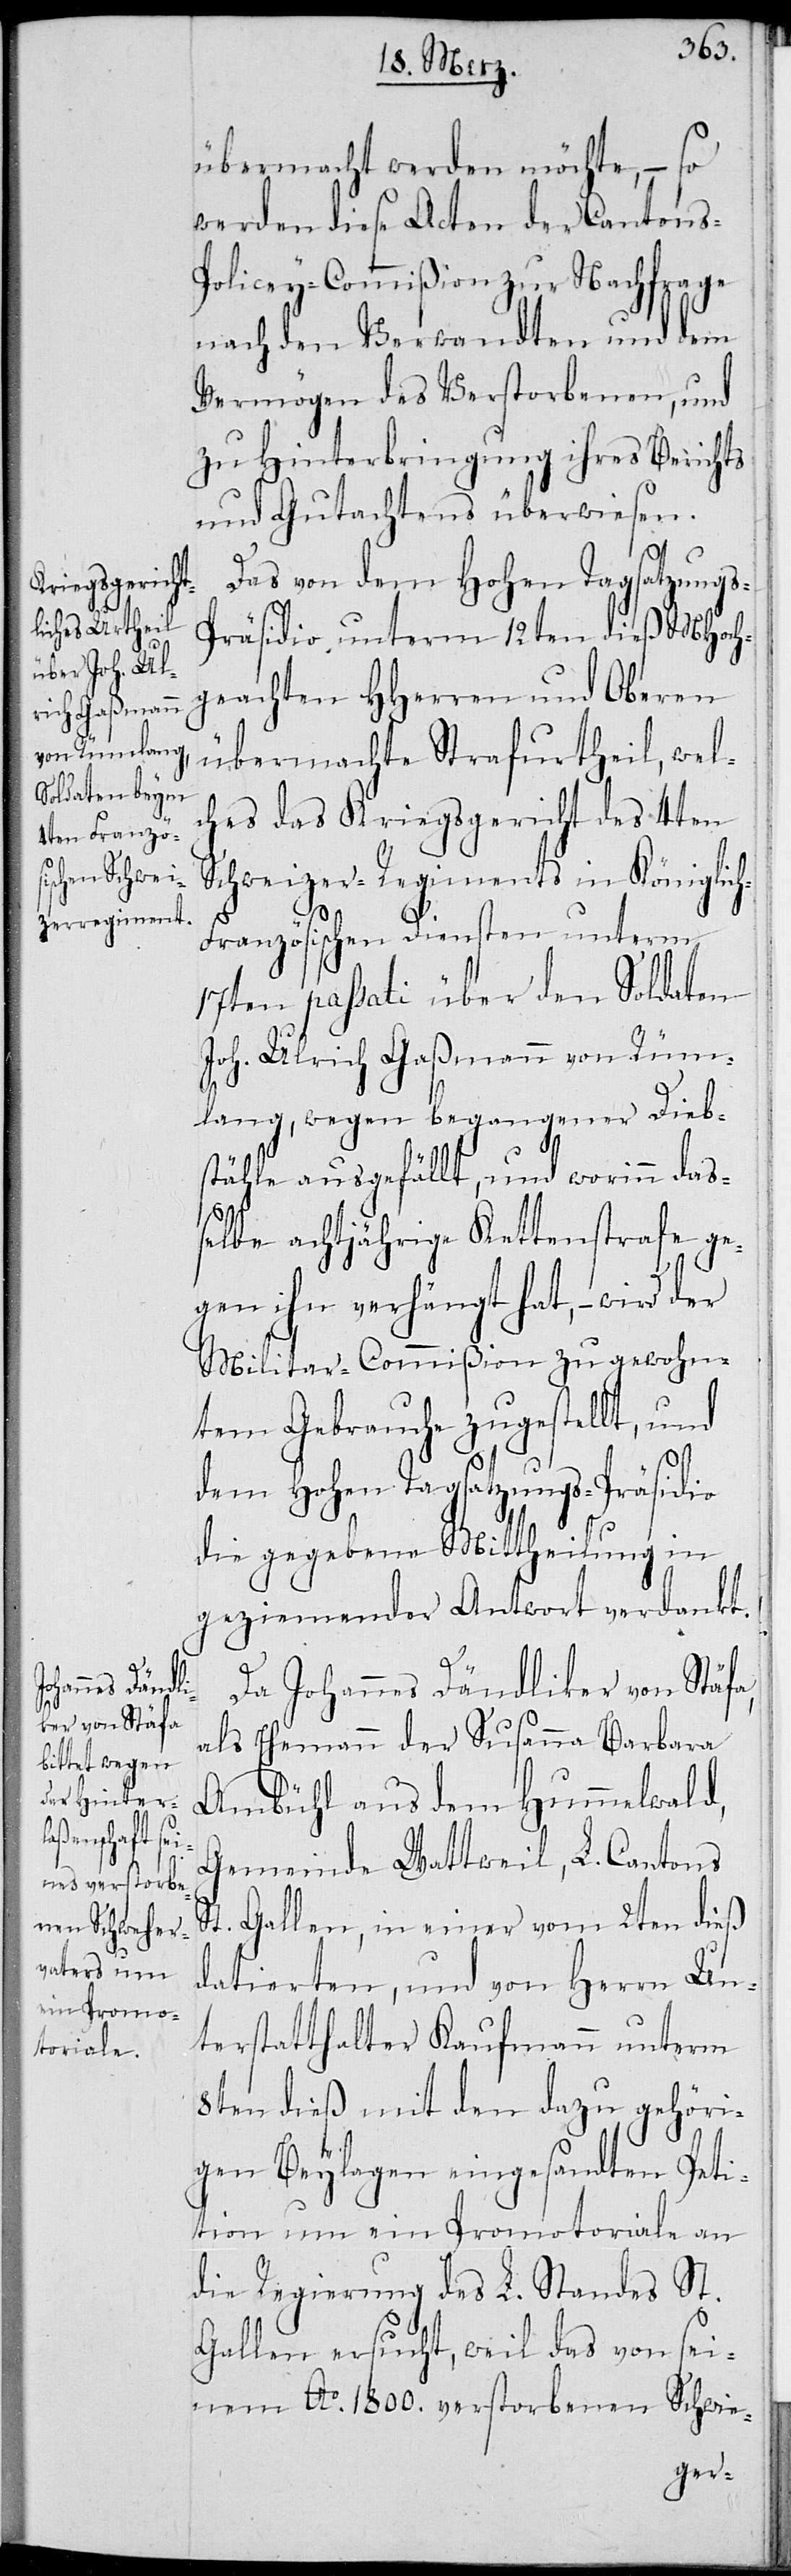
übermacht werden möchte, – so
werden diese Acten der Cantons-P¬
olicey-Commißion zur Nachfrage
nach den Verwandten und dem
Vermögen des Verstorbenen, und
zu Hinterbringung ihres Berichts
und Gutachtens überwiesen.
Das von dem Hohen Tagsatzung¬
s-Präsidio unterm 12ten dieß MHoch¬
geachten HHerren und Oberen
übermachte Strafurtheil, welc¬
hes das Kriegsgericht des 4ten
Schweizer-Regiments in Königlic¬
h-Französischen Diensten unterm
17ten passati über den Soldaten
Joh. Ulrich Gaßmann von Rüm¬
lang, wegen begangener Dieb¬
stähle ausgefällt, und worinn daß¬
elbe achtjährige Kettenstrafe ge¬
gen ihn verhängt hat, – wird der
Militar-Commißion zu gewohn¬
tem Gebrauche zugestellt, und
dem Hohen Tagsatzungs-Präsidio
die gegebene Mittheilung in
geziemender Antwort verdankt.
Da Johannes Dändliker von Stäfa,
als Ehemann der Susanna Barbara
Ambühl aus dem Hummelwald,
Gemeinde Wattweil, L. Cantons
St. Gallen, in einer vom 2ten dieß
datierten, und von Herrn Un¬
terstatthalter Kaufmann unterm
8ten dieß mit den dazu gehöri¬
gen Beylagen eingesandten Peti¬
tion um ein Promotoriale an
die Regierung des L. Standes St.
Gallen ersucht, weil das von sei¬
nem Ao. 1800. verstorbenen Schwie-